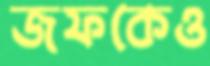
জফকেও